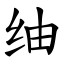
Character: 䌷